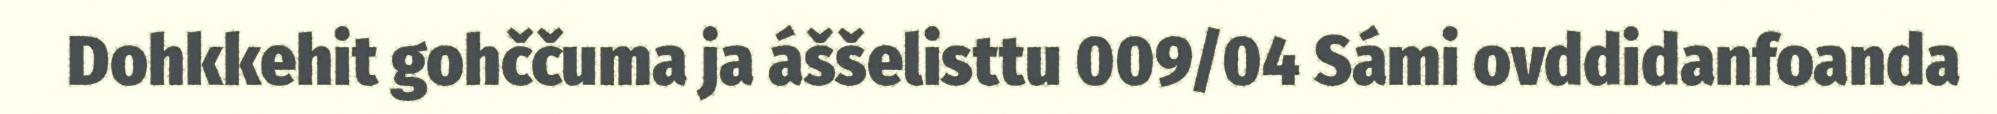
Dohkkehit gohččuma ja áššelisttu 009/04 Sámi ovddidanfoanda